Leprosy in India: report of the Leprosy Commission in India, 1890-91
Year: 1890
Disease focus: Leprosy
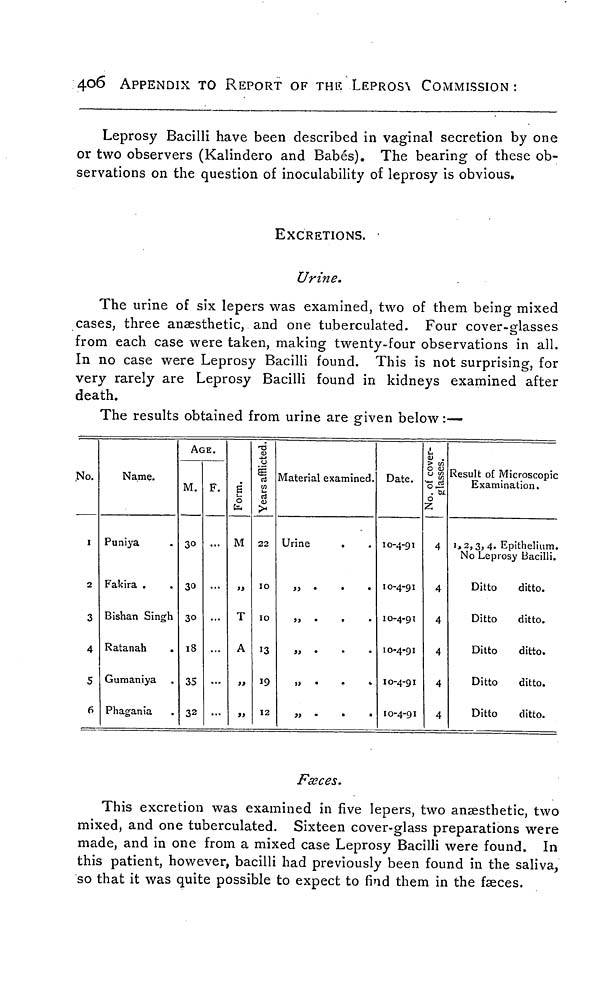
406
APPENDIX TO REPORT OF THE LEPROS\ COMMISSION :
Leprosy Bacilli have been described in vaginal secretion by one
or two observers (Kalindero and Babés). The bearing of these ob-
servations on the question of inoculability of leprosy is obvious.
EXCRETIONS.
Urine.
The urine of six lepers was examined, two of them being mixed
cases, three anaesthetic, and one tuberculated. Four cover-glasses
from each case were taken, making twenty-four observations in all.
In no case were Leprosy Bacilli found. This is not surprising, for
very rarely are Leprosy Bacilli found in kidneys examined after
death.
The results obtained from urine are given below:—
No.
1
2
3
4
5
6
Name.
Puniya
Fakira .
Bishan Singh
Ratanah
Gumaniya
Phagania
AGE.
M.
30
30
30
18
35
32
F.
...
Form.
M
,,
T
A
»
,,
Years afflicted.
22
10
10
13
19
12
Material examined.
Urine
.
,,
,,
,,
,,
Date.
10-4-91
10-4-91
10-4-91
10-4-91
10-4-91
10-4-91
No. of cover-
glasses.
4
4
4
4
4
4
Result of Microscopic
Examination.
1,2,3, 4. Epithelium.
No Leprosy Bacilli.
Ditto
ditto.
Ditto
ditto.
Ditto
ditto.
Ditto
ditto.
Ditto
ditto.
Fæces.
This excretion was examined in five lepers, two anaesthetic, two
mixed, and one tuberculated. Sixteen cover-glass preparations were
made, and in one from a mixed case Leprosy Bacilli were found. In
this patient, however, bacilli had previously been found in the saliva,
so that it was quite possible to expect to find them in the faeces.